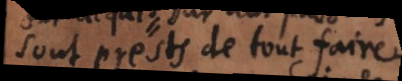
sont prests de tout faire